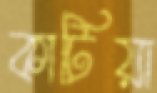
কাটিয়া